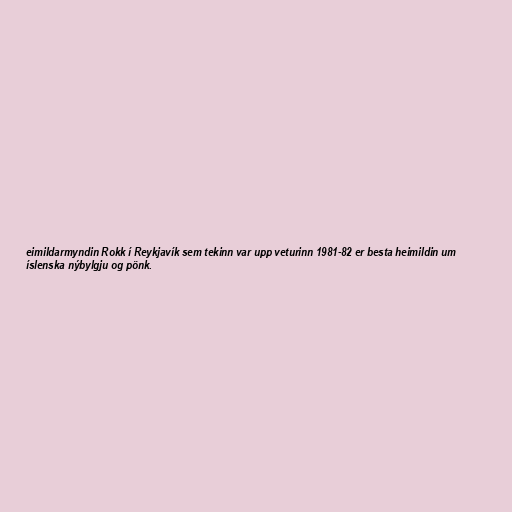
eimildarmyndin Rokk í Reykjavík sem tekinn var upp veturinn 1981-82 er besta heimildin um
íslenska nýbylgju og pönk.